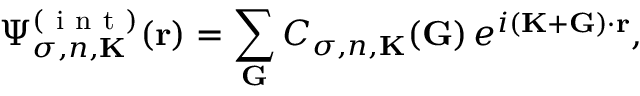
\Psi _ { \sigma , n , \mathbf { K } } ^ { ( \mathrm { ~ i ~ n ~ t ~ } ) } ( \mathbf { r } ) = \sum _ { \mathbf { G } } C _ { \sigma , n , \mathbf { K } } ( \mathbf { G } ) \, e ^ { i ( \mathbf { K } + \mathbf { G } ) \cdot \mathbf { r } } ,